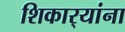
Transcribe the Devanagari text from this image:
शिकार्‍यांना